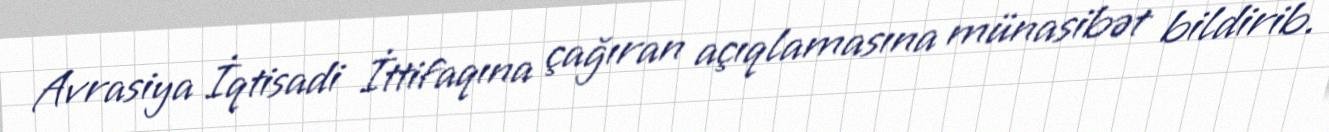
Avrasiya İqtisadi İttifaqına çağıran açıqlamasına münasibət bildirib.